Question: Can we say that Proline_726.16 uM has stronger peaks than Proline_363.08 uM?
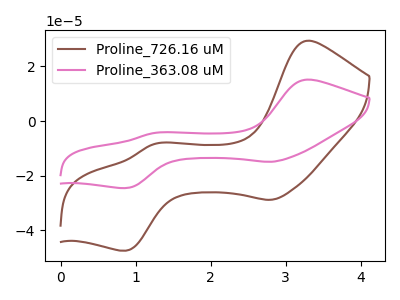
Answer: <think>The brown curve "Proline_726.16 uM" has anodic peaks at (3.30V, 29.40uA) (1.25V, -8.35uA) and cathodic peaks at (2.80V, -28.75uA) (0.90V, -47.35uA). The pink curve "Proline_363.08 uM" has anodic peaks at (3.30V, 15.20uA) (1.25V, -4.30uA) and cathodic peaks at (2.80V, -14.85uA) (0.90V, -24.50uA).</think>
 <answer>The peaks in "Proline_726.16 uM" are neither all higher or all lower than the peaks in "Proline_363.08 uM".</answer>
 <eval>mixed</eval>